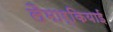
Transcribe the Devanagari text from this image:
लैमार्कियाई